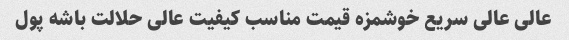
عالی عالی سریع خوشمزه قیمت مناسب کیفیت عالی حلالت باشه پول